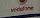
vodafone